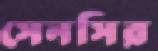
সেনসির